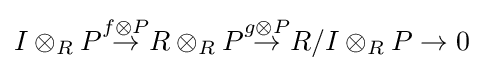
I\otimes _{R}P{\stackrel {f\otimes P}{\to }}R\otimes _{R}P{\stackrel {g\otimes P}{\to }}R/I\otimes _{R}P\to 0